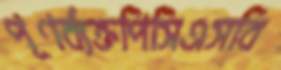
পূণর্ব্যক্তপিসিএসবি